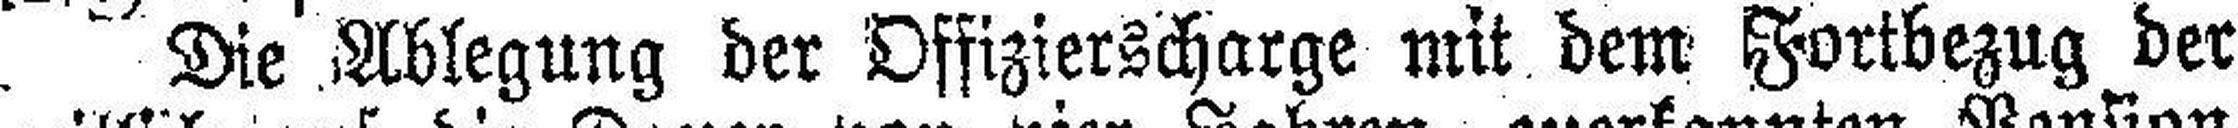
Die Ablegung der Offizierscharge mit dem Fortbezug der